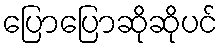
ပြောပြောဆိုဆိုပင်